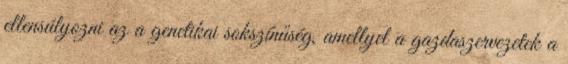
ellensúlyozni az a genetikai sokszínűség, amellyel a gazdaszervezetek a